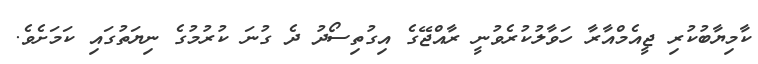
ކާމިޔާބުކުރި ޖީއެމްއާރާ ހަވާލުކުރެވުނީ ރާއްޖޭގެ އިގުތިސޯދު ދެ ގުނަ ކުރުމުގެ ނިޔަތުގައި ކަމަށެވެ.